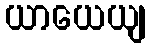
ယာယေယျ